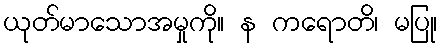
ယုတ်မာသောအမှုကို။ န ကရောတိ၊ မပြု၊